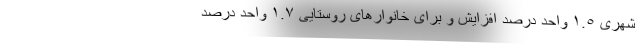
شهری ١.٥ واحد درصد افزایش و برای خانوارهای روستایی ١.٧ واحد درصد